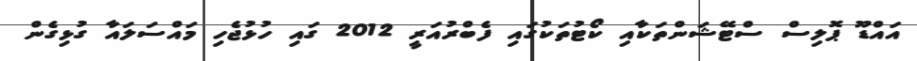
އައްޑޫ ޕޮލިސް ސްޓޭޝަންތަކާއި ކޯޓުތަކުގައި ފެބްރުއަރީ 2012 ގައި ހުޅުޖެހި މައްސަލައާ ގުޅިގެން